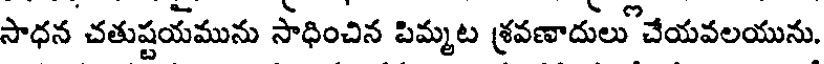
సాధన చతుష్టయమును సాధించిన పిమ్మట శ్రవణాదులు చేయవలయును.